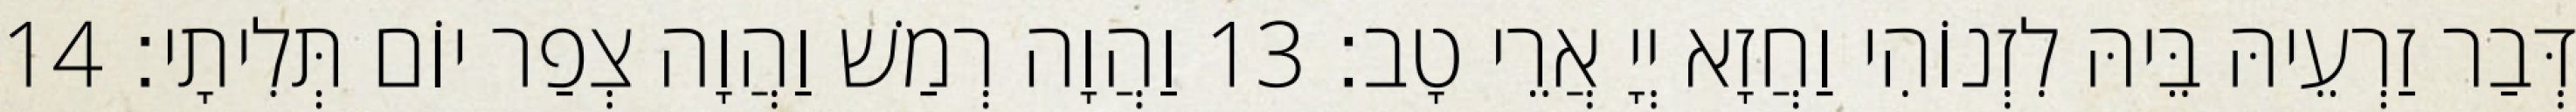
דְּבַר זַרְעֵיהּ בֵּיהּ לִזְנוֹהִי וַחֲזָא יְיָ אֲרֵי טָב׃ 13 וַהֲוָה רְמַשׁ וַהֲוָה צְפַר יוֹם תְּלִיתָי׃ 14